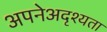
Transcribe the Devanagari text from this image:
अपनेअदृश्यता